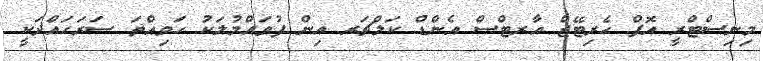
މިނިސްޓްރީ އޮފް ހެރިޓޭޖް އާރޓްސް އެންޑް ކަލްޗަރ އިން ފުވައްމުލަކު ހަވިއްތަ ސަރަހައްދަކީ